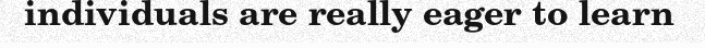
individuals are really eager to learn